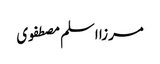
مرزا اسلم مصطفوی